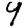
Digit: 4